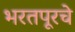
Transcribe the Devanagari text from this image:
भरतपूरचे